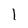
Character: l